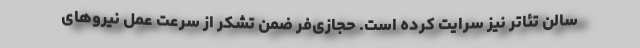
سالن تئاتر نیز سرایت کرده است. حجازی‌فر ضمن تشکر از سرعت عمل نیروهای